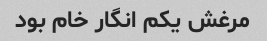
مرغش یکم انگار خام بود